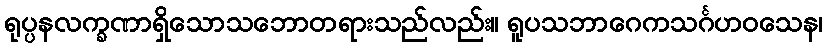
ရုပ္ပနလက္ခဏာရှိသောသဘောတရားသည်လည်း။ ရူပသဘာဂေကသင်္ဂဟဝသေန၊